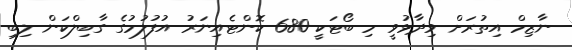
ނާޒިމް އިތުރަށް ވިދާޅުވީ މި ބޯޓަކީ 680 ކޮންޓެއިނަރު އުފުލުމުގެ ގާބިލްކަން ލިބި